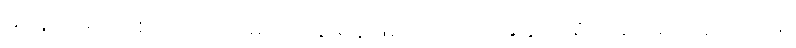
မနေ့က ရည်းစား ကောင်မလေးနဲ့ ရန်ဖြစ်ထားတာ အခုထိ စိတ်ဆိုးမပြေသေးဘူး။